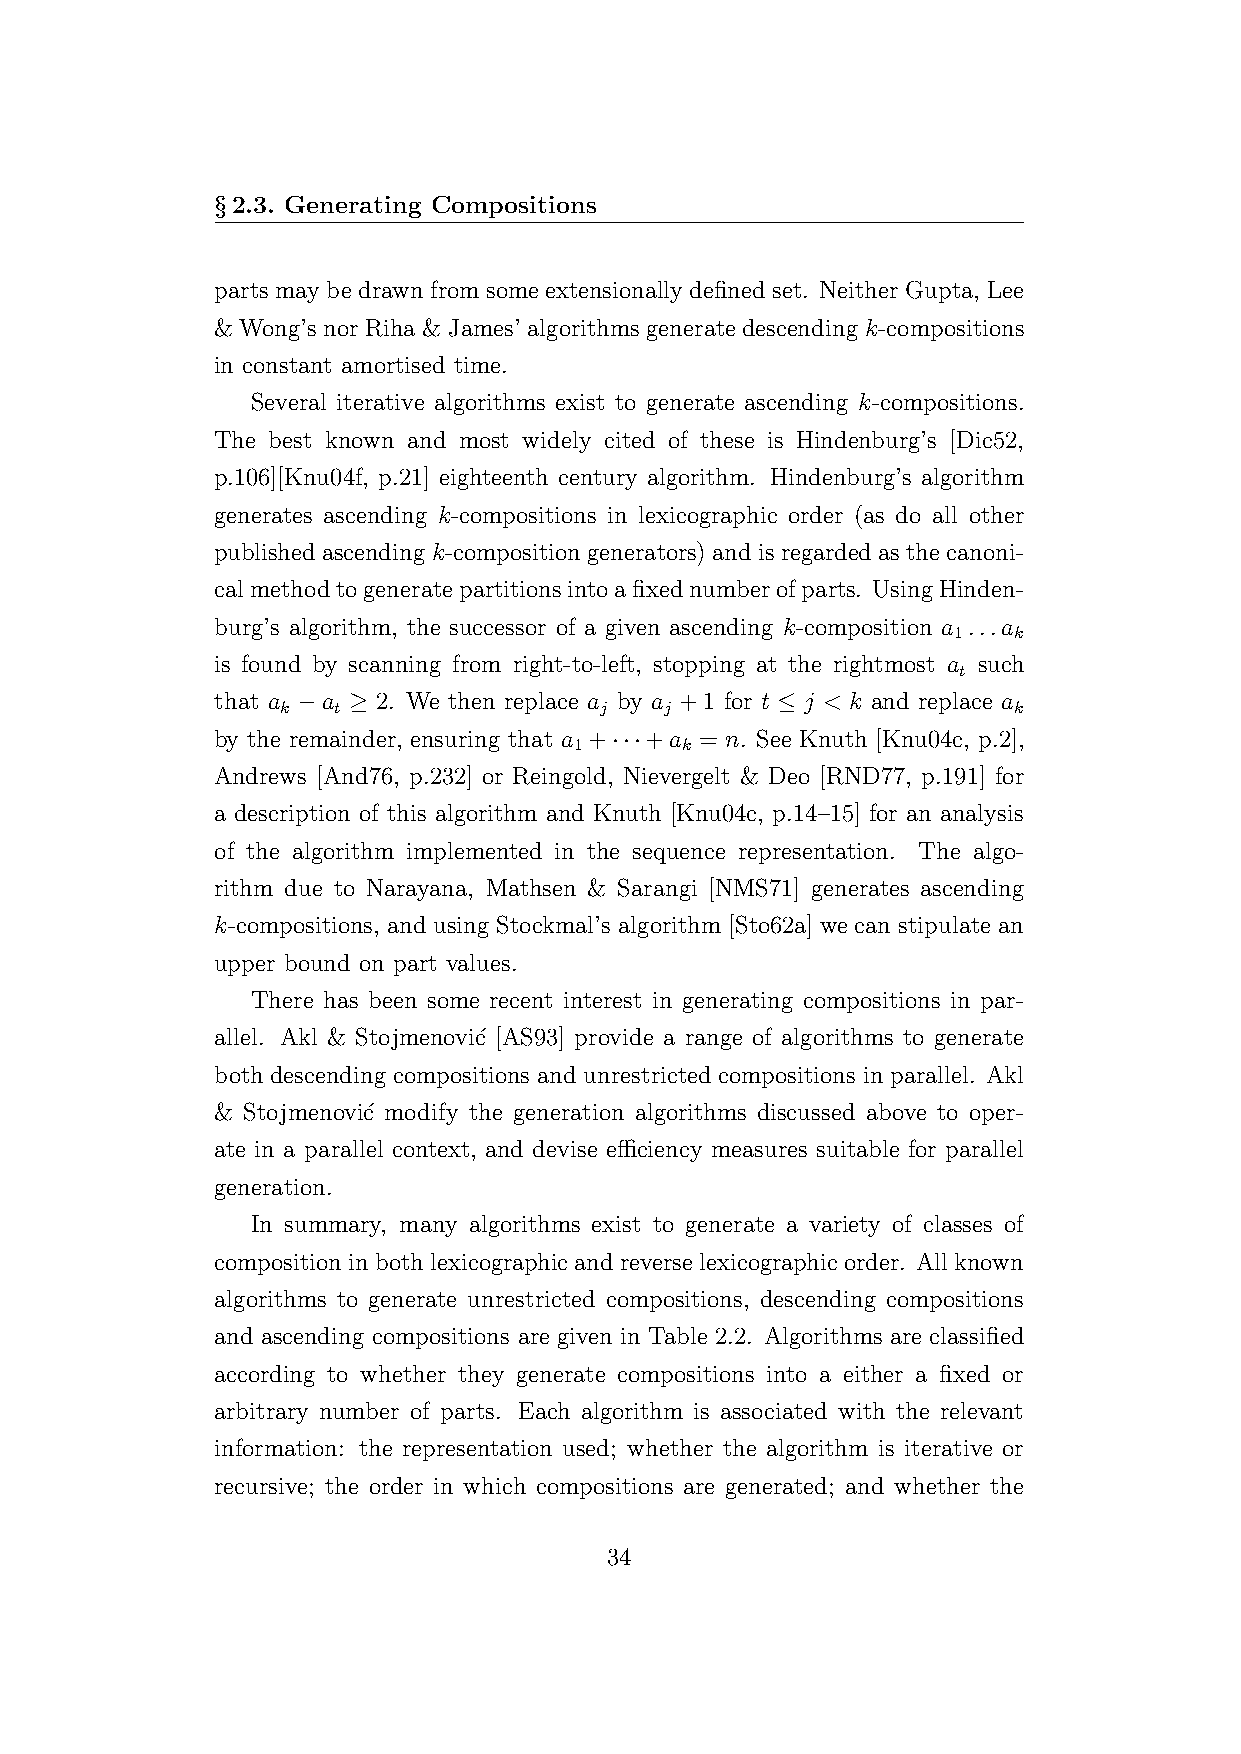
§2.3. Generating Compositions
 parts may be drawn from some extensionally defined set. Neither Gupta, Lee
 & Wong’s nor Riha & James’ algorithms generate descending k-compositions
 in constant amortised time.
 Several iterative algorithms exist to generate ascending k-compositions.
 The best known and most widely cited of these is Hindenburg’s [Dic52,
 p.106][Knu04f, p.21] eighteenth century algorithm. Hindenburg’s algorithm
 generates ascending k-compositions in lexicographic order (as do all other
 publishedascendingk-compositiongenerators)andisregardedasthecanoni-
 calmethodtogeneratepartitionsintoafixednumberofparts. UsingHinden-
 burg’s algorithm, the successor of a given ascending k-composition a ...a
 1   k
 is found by scanning from right-to-left, stopping at the rightmost a such
 t
 that a −a ≥ 2. We then replace a by a +1 for t ≤ j < k and replace a
 k  t                 j   j                      k
 by the remainder, ensuring that a +···+a = n. See Knuth [Knu04c, p.2],
 1      k
 Andrews [And76, p.232] or Reingold, Nievergelt & Deo [RND77, p.191] for
 a description of this algorithm and Knuth [Knu04c, p.14–15] for an analysis
 of the algorithm implemented in the sequence representation. The algo-
 rithm due to Narayana, Mathsen & Sarangi [NMS71] generates ascending
 k-compositions, and using Stockmal’s algorithm [Sto62a] we can stipulate an
 upper bound on part values.
 There has been some recent interest in generating compositions in par-
 allel. Akl & Stojmenovi´c [AS93] provide a range of algorithms to generate
 both descending compositions and unrestricted compositions in parallel. Akl
 & Stojmenovi´c modify the generation algorithms discussed above to oper-
 ate in a parallel context, and devise efficiency measures suitable for parallel
 generation.
 In summary, many algorithms exist to generate a variety of classes of
 compositioninbothlexicographicandreverselexicographicorder. Allknown
 algorithms to generate unrestricted compositions, descending compositions
 and ascending compositions are given in Table 2.2. Algorithms are classified
 according to whether they generate compositions into a either a fixed or
 arbitrary number of parts. Each algorithm is associated with the relevant
 information: the representation used; whether the algorithm is iterative or
 recursive; the order in which compositions are generated; and whether the
 34